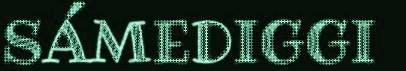
SÁMEDIGGI